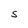
Character: S